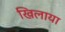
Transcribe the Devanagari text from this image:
खिलाया